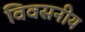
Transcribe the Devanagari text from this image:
विवसनीय